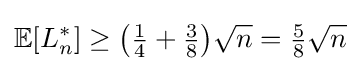
\mathbb {E} [L_{n}^{*}]\geq {\bigl (}{\tfrac {1}{4}}+{\tfrac {3}{8}}{\bigr )}{\sqrt {n}}={\tfrac {5}{8}}{\sqrt {n}}